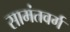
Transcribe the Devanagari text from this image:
सामंतवर्ग